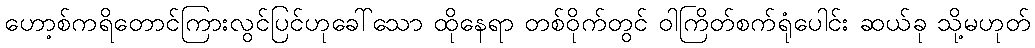
ဟော့စ်ကရိတောင်ကြားလွင်ပြင်ဟုခေါ်သော ထိုနေရာ တစ်ဝိုက်တွင် ဝါကြိတ်စက်ရုံပေါင်း ဆယ်ခု သို့မဟုတ်